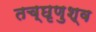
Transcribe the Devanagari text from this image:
तच्छृणुश्व